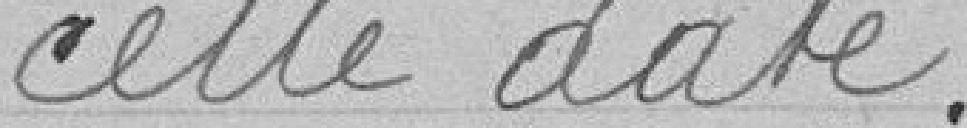
cette date.